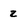
Character: 2